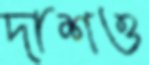
দাশও